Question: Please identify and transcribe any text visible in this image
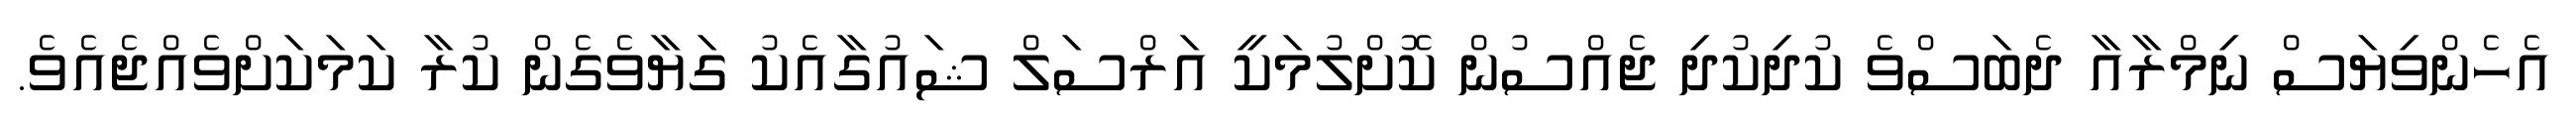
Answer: އެހެންވިޔަސް ނިމްރާއާ ދެބަސްވެ ކުދިކުދި ޖެއްސުން ކޮށްލުމަކީ އަރްސަލް ޝައުގާއެކު ގަޔާވެގެން ކުރާ ކަމަކަށްވެއްޖެއެވެ.